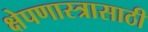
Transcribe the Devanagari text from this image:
क्षेपणास्त्रासाठी